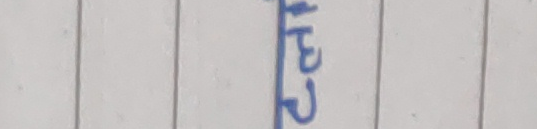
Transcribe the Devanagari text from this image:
३२